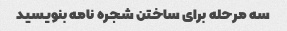
سه مرحله برای ساختن شجره نامه بنویسید